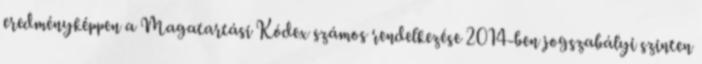
eredményképpen a Magatartási Kódex számos rendelkezése 2014-ben jogszabályi szinten